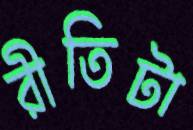
রীতিটা